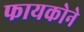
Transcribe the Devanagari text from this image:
फायकोने